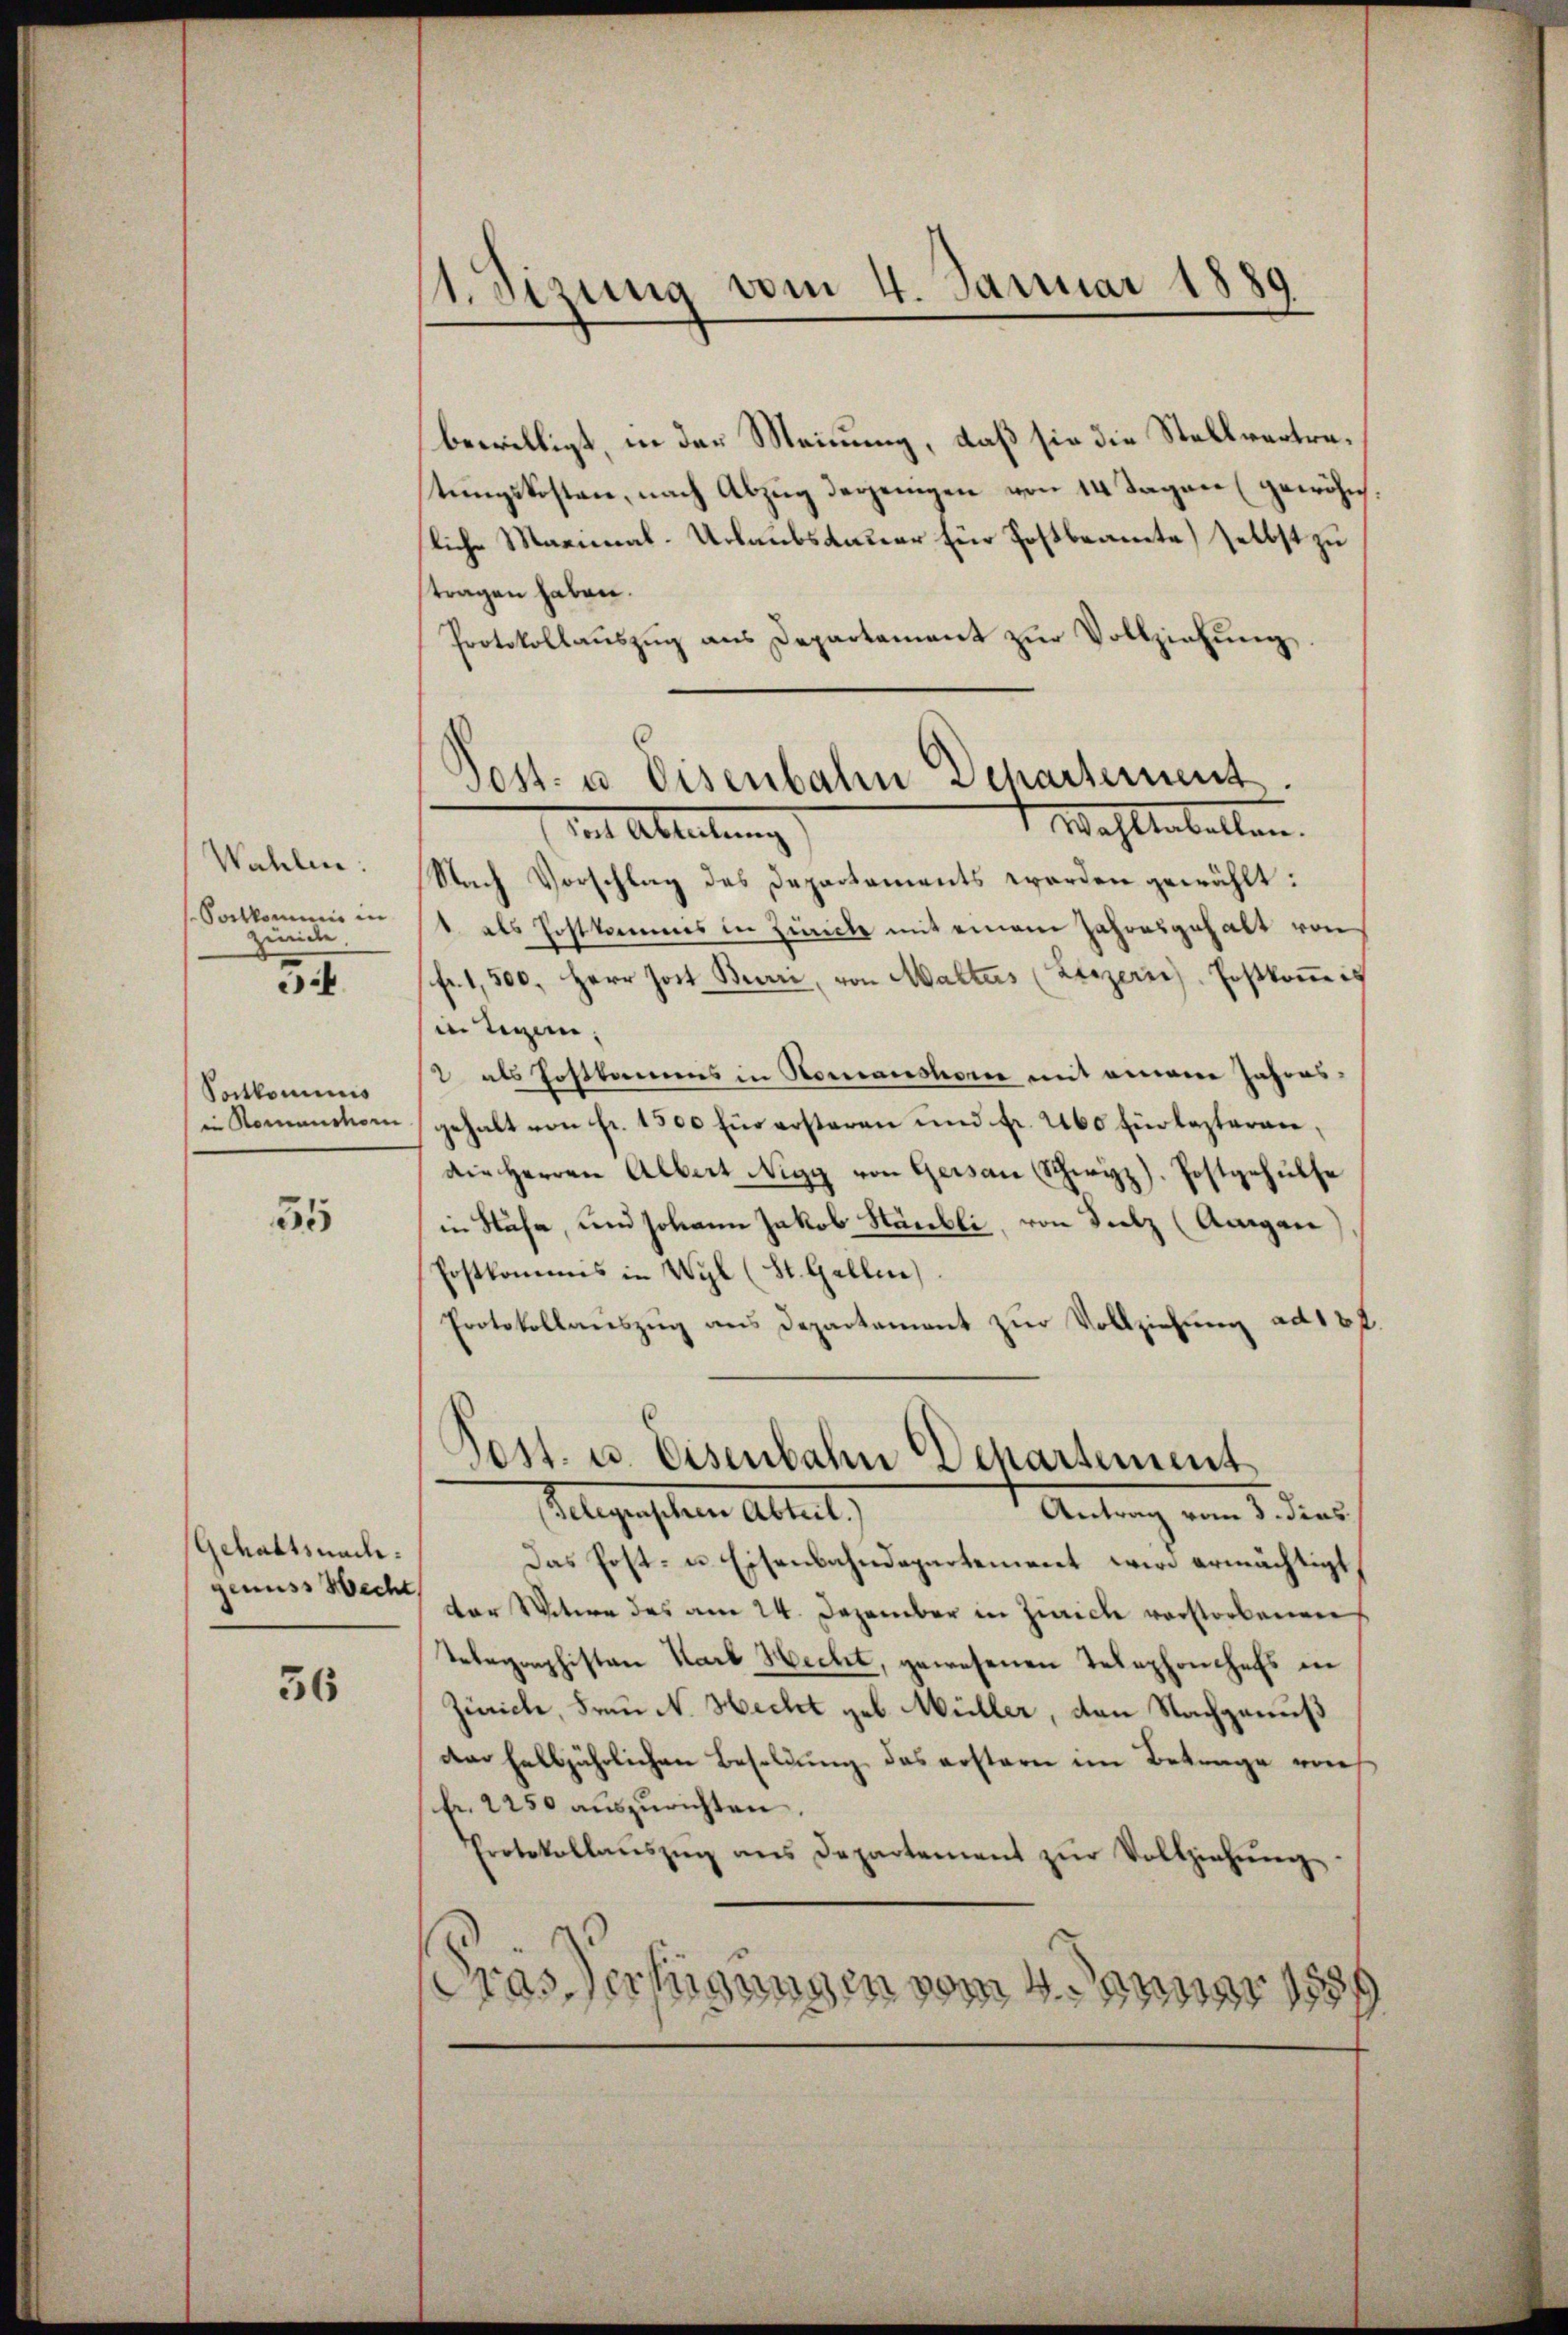
Wahlen:
Fortkommis in
zünicke.

.

Portkominis
in Romanchorn

35

Gehaltsnach.
genuss Hecht.

36

11. Sizung vom 4. Januar 1889

Post- u. Eisenbahn Departement.

bewilligt, in der Meinung, daß sie die Stellvertrestungskosten, nach Abzug derjenigen von 14 Tagen (gewöhnliche Marinal-Urlaubsdauer für Hostbeamte selbst zu
tragen haben.
Protokollauszug aus Departement zur Vollziehung,
 Wahlenballen.
mit Ableitung
Nach Vorschlag des Departements werden gewählt:
1. als Postkommes in Zürich mit einem Jahresgehalt von
(fr. 1,500. Herr Jort. Beurri, von Malters (Luzern Postkoṁis
in Tagen,
2 als Postkamens in Nomanshore mit einem Jahresgehalt von Fr. 1500 für ersteren und Fr. 260 für lezteren,
die Herren Albert Nigg von Gersau (Schwyz). Postgehülfe
in Stähe, und Johann Jakob Stäubli, von Sulz (Augen
Postkommes in Wyl (St. Gallen.
Protokollauszug aus Departement zur Vollziehung ad 12 f.
Pest. u. Eisenbahn Departement
Gelegenschen Altert
Antrag vom 3. dies
Das Post- u. Eisenbahndepartement wird ermächtigt
der Witere des am 24. Dezember in Zürich verstorbenen
Telegraphisten Karl Hecht, gewesenen Telephonchefs in
Zürich, Frau N. Hecht geb. Müller, den Nachgenuß
der halbjährlichen Besoldung das erstern im Betrage von
fr. 2250 auszurichten.
Protokollaŭszŭg ans Departement zŭr Vollziehŭng
ras Verfügungen vom 4. Januar 1889